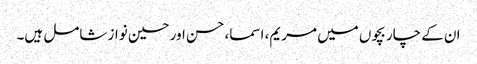
ان کے چار بچوں میں مریم، اسما، حسن اور حسین نواز شامل ہیں۔